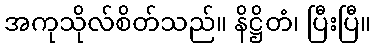
အကုသိုလ်စိတ်သည်။ နိဋ္ဌိတံ၊ ပြီးပြီ။